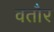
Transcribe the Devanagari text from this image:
वतौर